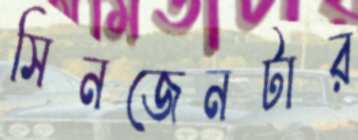
সিনজেনটার